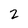
Character: 2